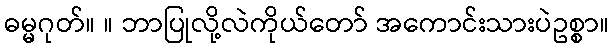
ဓမ္မဂုတ်။ ။ ဘာပြုလို့လဲကိုယ်တော် အကောင်းသားပဲဥစ္စာ။